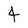
Character: 4